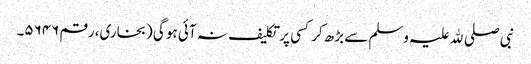
نبی صلی ﷲ علیہ وسلم سے بڑھ کر کسی پر تکلیف نہ آئی ہو گی (بخاری، رقم ۵۶۴۶۔